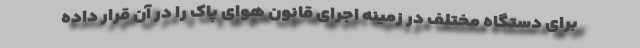
برای دستگاه مختلف در زمینه اجرای قانون هوای پاک را در آن قرار داده